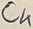
Text: C4